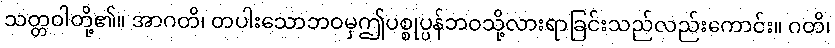
သတ္တဝါတို့၏။ အာဂတိ၊ တပါးသောဘဝမှဤပစ္စုပ္ပန်ဘဝသို့လားရာခြင်းသည်လည်းကောင်း။ ဂတိ၊